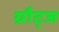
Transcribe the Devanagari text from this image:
ग्रौट्ज